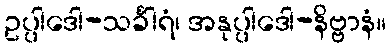
ဥပ္ပါဒေါ-သင်္ခါရံ၊ အနုပ္ပါဒေါ-နိဗ္ဗာနံ။